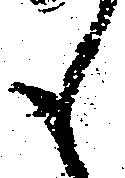
も